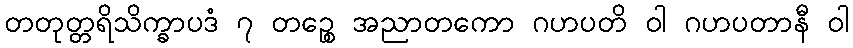
တတုတ္တရိသိက္ခာပဒံ ၇ တဉ္စေ အညာတကော ဂဟပတိ ဝါ ဂဟပတာနီ ဝါ